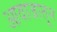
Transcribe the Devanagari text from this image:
आवाजातून